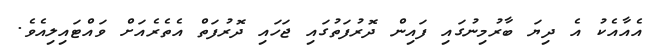
އެއާއެކު އެ ދިޔަ ބާރުމިނުގައި ފައިން ދޮރުފަތުގައި ޖަހައި ދޮރުފަތް އެތެރެއަށް ވައްޓައިލިއެވެ.